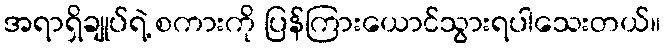
အရာရှိချုပ်ရဲ့ စကားကို ပြန်ကြားယောင်သွားရပါသေးတယ်။